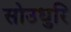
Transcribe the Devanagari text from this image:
सोउधुरि